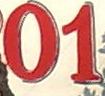
01